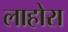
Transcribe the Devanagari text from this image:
लाहोरा